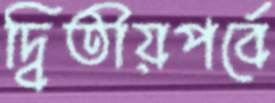
দ্বিতীয়পর্বে